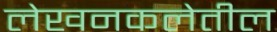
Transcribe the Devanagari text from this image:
लेखनकलेतील